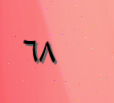
٦٨